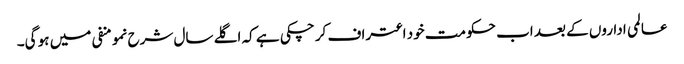
عالمی اداروں کے بعد اب حکومت خود اعتراف کر چکی ہے کہ اگلے سال شرح نمو منفی میں ہو گی۔